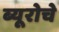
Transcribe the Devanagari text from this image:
ब्यूरोचे